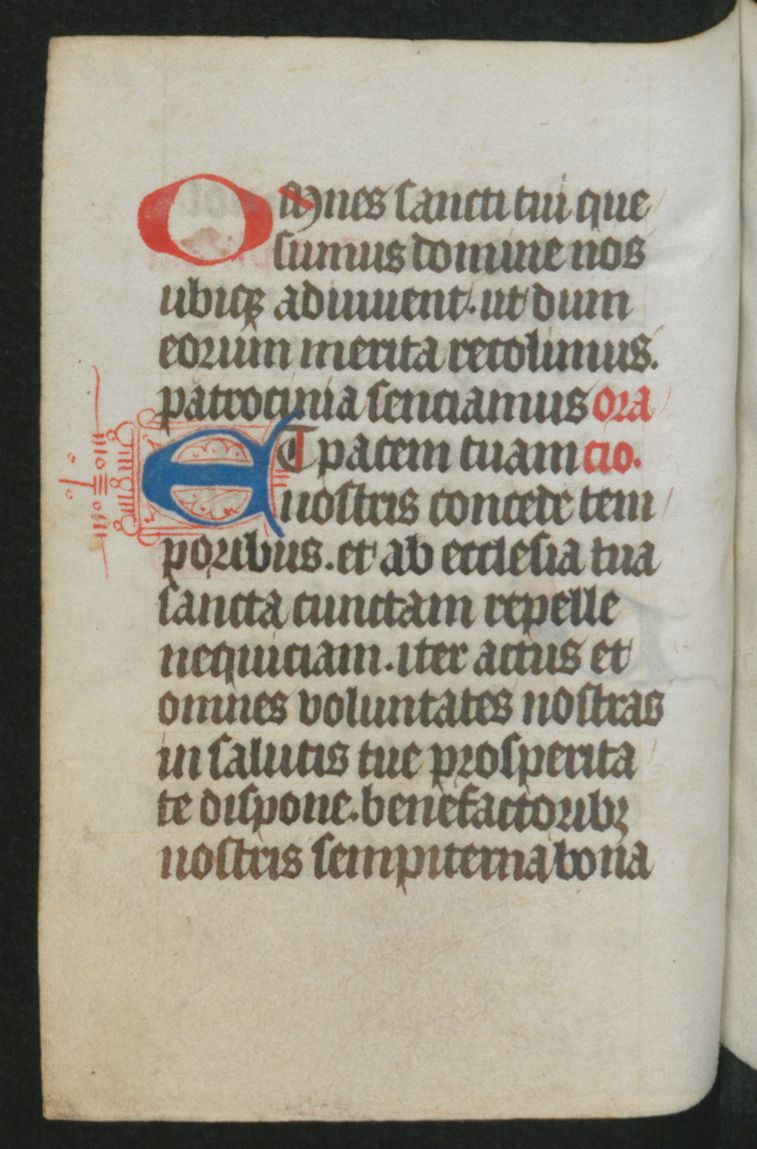
Shelfmark: Berlin, Staatsbibliothek, Hdschr. 25
Century: 15